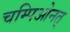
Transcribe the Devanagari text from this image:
चम्पिओनत्